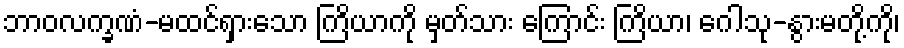
ဘာဝလက္ခဏံ-မထင်ရှားသော ကြိယာကို မှတ်သား ကြောင်း ကြိယာ၊ ဂေါသု-နွားမတို့ကို၊